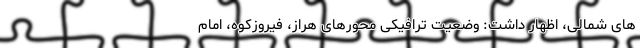
های شمالی، اظهار داشت: وضعیت ترافیکی محورهای هراز، فیروزکوه، امام